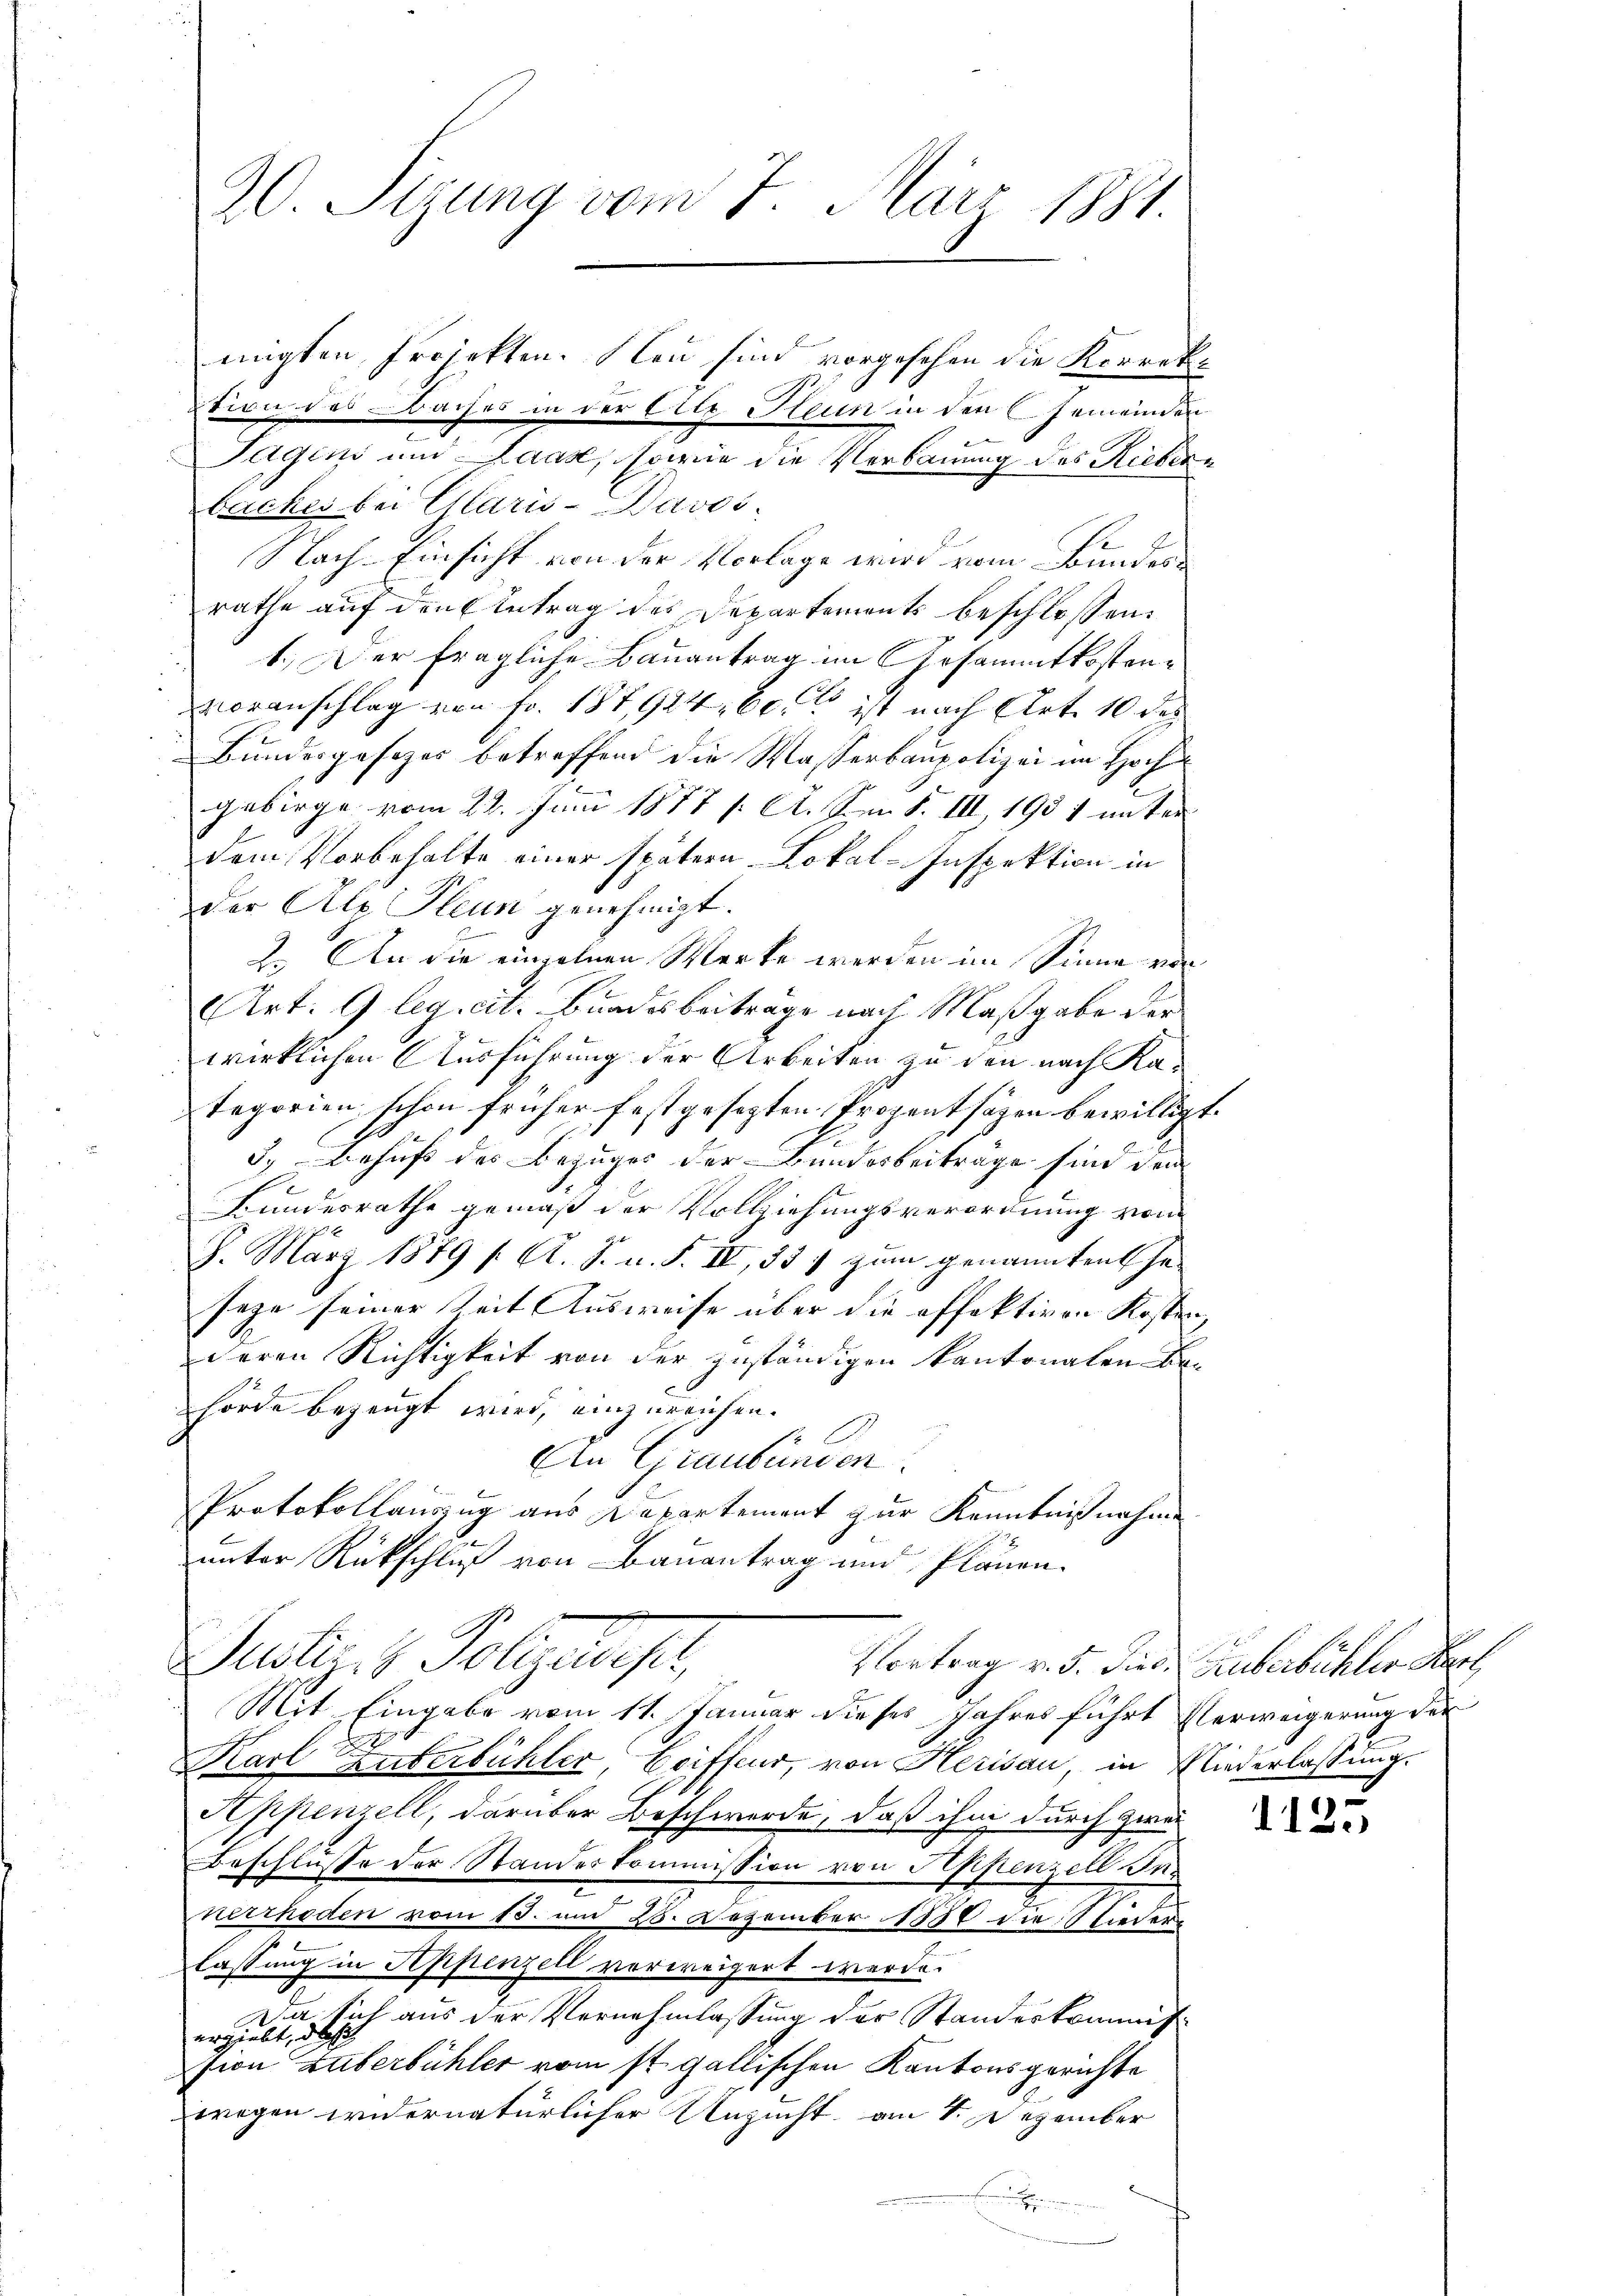
20. Sizung vom 7. März 1881.

Tagens und Laak, sowie die Verbauung des Ricker¬
Sacher bei Claris-Davos.
Nach Einsicht von der Vorlage wird vom Bundesrathe auf den Antrag des Departements beschlossen:
1.) Der fragliche Bauantrag im Gesammtkostenvoranschlag von Fr. 187,924, 60. ist nach Art. 10 des
Bundesgesezes betreffend die Wasserbaupolizei im Hoch
gebirge vom 22. Juni 1877 /: A. Sonn. F. III, 1951 unter
dem Vorbehalte einer spätern Lokal-Inspektion in
der Alp Pleun genehmigt.
2.) An die einzelnen Werke werden im Sinne von
Art. 9 legs cit. Bundesbeitrage nach Maßgabe der
wirklichen Ausführung der Arbeiten zu den nach Kategorien schon früher festgesezten Prozent sagen bewilligt.
3. Behuf des Bezuges der Bundesbeiträge sind der
Bundesrathe gemäß der Vollziehungsverordnung von
8. März 1879 Al. J. u. S. III, 33 f zum genannten hasege seiner Zeit Ausweise über die offektiven Kosten,
deren Richtigkeit von der zuständigen Kantonalen Behörde bezeugt wird, einzureichen.
A
An Graubünden.
Protokollauszug aus Departement zur Kenntnißnahme
h
unter Rückschluß von Bauantrag und Plänen.
Justi t. Polytecher,
Vortrag v. 5. dies. Guberbüchler Her
Mit Eingabe vom 11. Januar dieses Jahres führt Verweigerung der
.
Karl Zuberbühler, Coiffeur, von Herisau in Niederlassung.
Appenzell, darüber Beschwerde, daß ihm durch zwei
Beschlusse der Standeskommission von Appenzell Ine
nerrhoden vom 13. und 28. Dezember 1880 die Stieder-
lassung in Appenzell vorweigert werde.
Da sich aus der Vernehmlassung der Standeskommis
ergiebt, das
sion Zuberbühler vom st. gallischen Kantonsgerichte
wegen widernatürlicher Unzucht, am 1. Dezember

nigten Projekten. Neu sind vorgesehen die Korrektion des Daches in der Elle Neun in den Gemeinden

1125